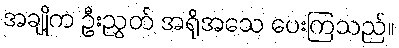
အချို့က ဦးညွှတ် အရိုအသေ ပေးကြသည်။